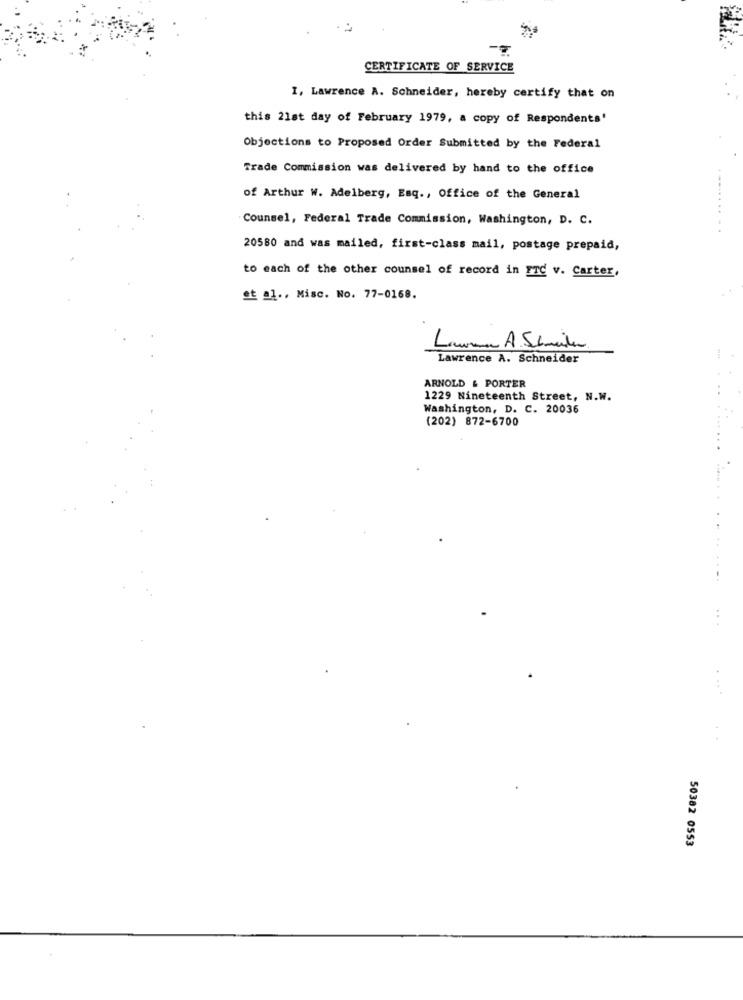
CERTIFICATE OF SERVICE
I, Lawrence A. Schneider, hereby certify that on
this 21st day of February 1979, a copy of Respondents'
Objections to Proposed Order Submitted by the Federal
Trade Commission was delivered by hand to the office
---
of Arthur W. Adelberg, Esq ., Office of the General
Counsel, Federal Trade Commission, Washington, D. C.
20580 and was mailed, first-class mail, postage prepaid,
to each of the other counsel of record in ITC v. Carter.
st al ., Misc. No. 77-0168.
Laurana A.Schneider
Lawrence A. Schneider
ARNOLD & PORTER
..
1229 Nineteenth Street, N.W.
Washington, D. C. 20036
(202) 872-6700
......
....
50382 0553